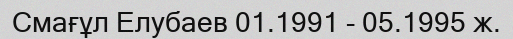
Смағұл Елубаев 01.1991 - 05.1995 ж.